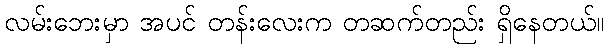
လမ်းဘေးမှာ အပင် တန်းလေးက တဆက်တည်း ရှိနေတယ်။